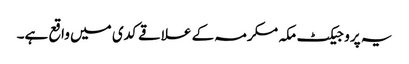
یہ پروجیکٹ مکہ مکرمہ کے علاقے کدی میں واقع ہے۔